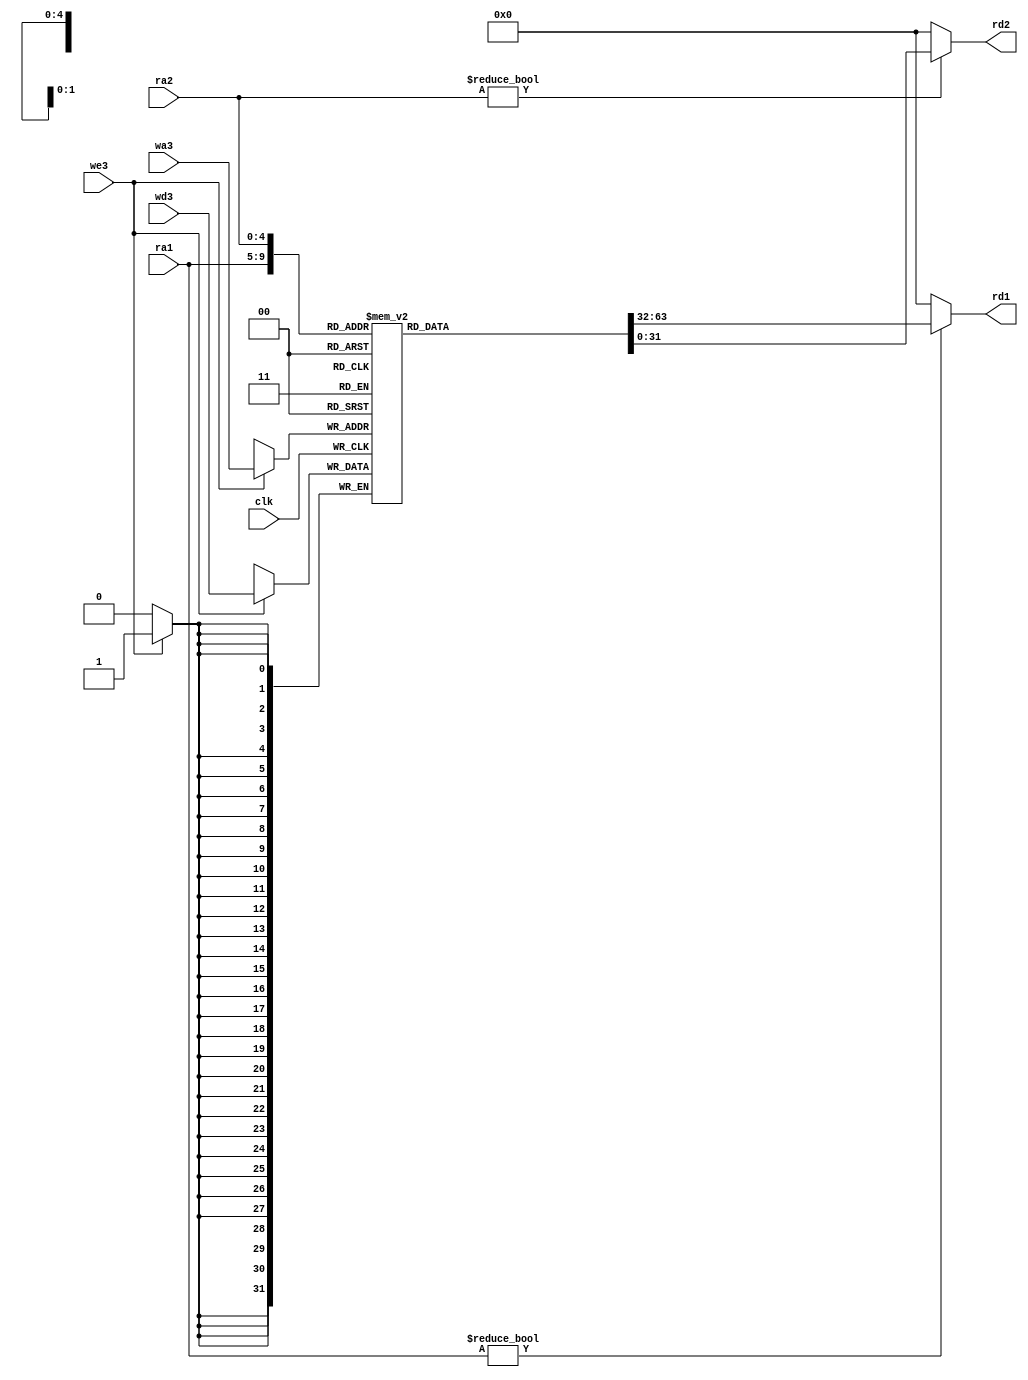
`timescale 1ns / 1ps
//////////////////////////////////////////////////////////////////////////////////
// Company: 
// Engineer: 
// 
// Design Name: 
// Module Name: regfile
// Project Name: 
// Target Devices: 
// Tool Versions: 
// Description: 
// 
// Dependencies: 
// 
// Revision:
// Revision 0.01 - File Created
// Additional Comments:
// 
//////////////////////////////////////////////////////////////////////////////////


module regfiles(
	input wire clk,
	input wire we3,
	input wire[4:0] ra1,ra2,wa3,
	input wire[31:0] wd3,
	output wire[31:0] rd1,rd2
    );

	reg [31:0] rf[31:0];

	integer i, j;
	initial begin
		for(i =0; i < 32; i = i + 1) begin
			for(j = 0; j <32; j = j + 1)
				rf[i][j] <= 0;
		end
	end

	always @(posedge clk) begin
		if(we3) begin
			 rf[wa3] <= wd3;
		end
	end

	assign rd1 = (ra1 != 0) ? rf[ra1] : 0;
	assign rd2 = (ra2 != 0) ? rf[ra2] : 0;
endmodule